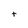
Character: t